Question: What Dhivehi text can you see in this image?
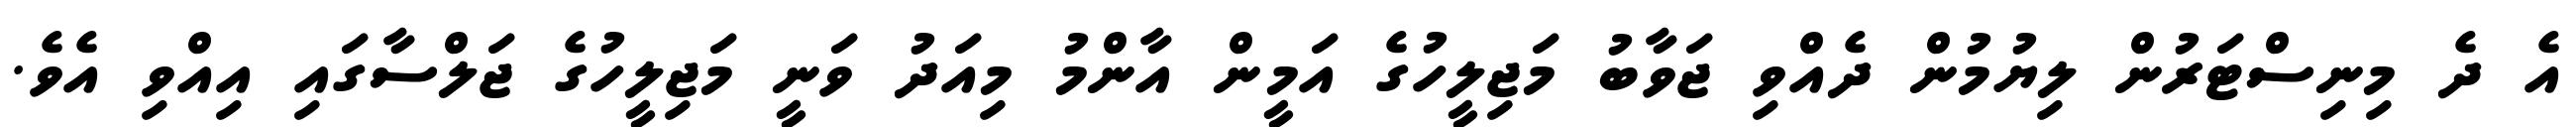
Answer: އެ ދެ މިނިސްޓަރުން ލިޔުމުން ދެއްވި ޖަވާބު މަޖިލީހުގެ އަމީން އާންމު މިއަދު ވަނީ މަޖިލީހުގެ ޖަލްސާގައި އިއްވި އެވެ.